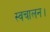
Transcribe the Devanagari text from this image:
स्वचालन।